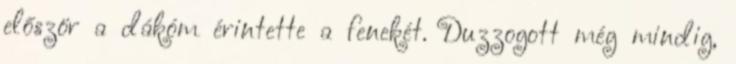
először a dákóm érintette a fenekét. Duzzogott még mindig,